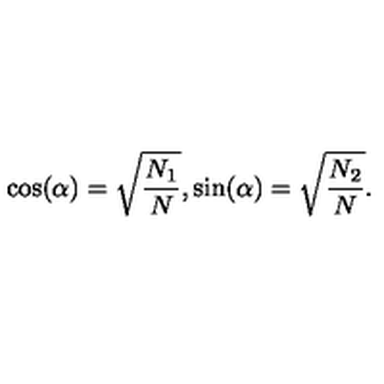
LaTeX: \cos ( \alpha ) = \sqrt { { \frac { N _ { 1 } } { N } } } , \sin ( \alpha ) = \sqrt { { \frac { N _ { 2 } } { N } } } .